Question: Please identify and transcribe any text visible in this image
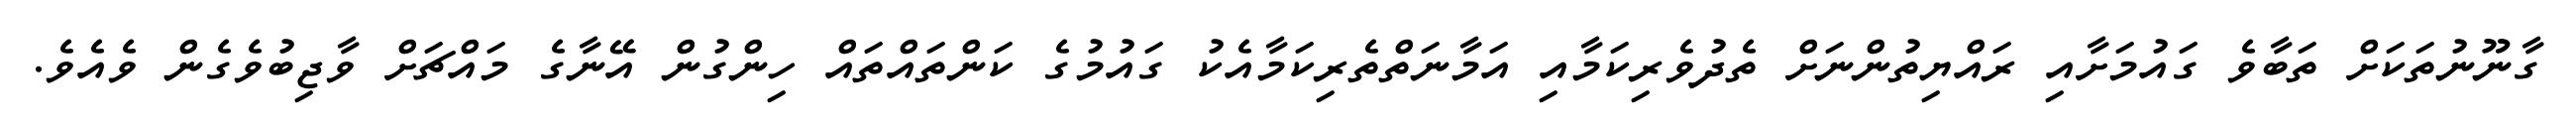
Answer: ގާނޫނުތަކަށް ތަބާވެ ގައުމަށާއި ރައްޔިތުންނަށް ތެދުވެރިކަމާއި އަމާނަތްތެރިކަމާއެކު ގައުމުގެ ކަންތައްތައް ހިންގުން އޭނާގެ މައްޗަށް ވާޖިބުވެގެން ވެއެވެ.